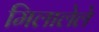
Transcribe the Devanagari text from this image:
मिलालेले